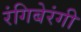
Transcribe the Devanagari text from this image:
रंगिबेरंगी